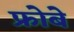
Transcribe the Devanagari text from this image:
फ्रोबे